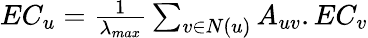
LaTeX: \begin{array}{r}{EC_{u}=\frac{1}{\lambda_{max}}\sum_{v\in N(u)}A_{uv}.EC_{v}}\end{array}